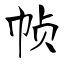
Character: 帧